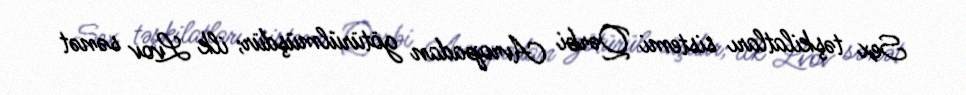
Sex təşkilatları sistemi Qərbi Avropadan götürülmüşdür; ilk Lvov sənət